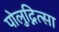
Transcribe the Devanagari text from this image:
पोलुद्नित्सा